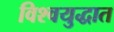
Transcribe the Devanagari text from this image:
विश्वयुद्धात